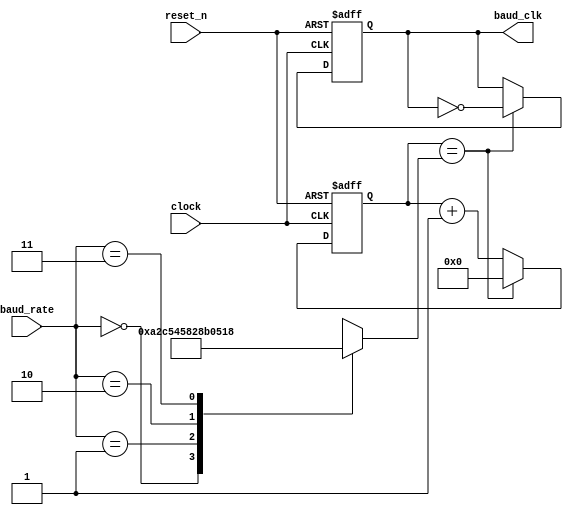
//  INFO.: Undergraduate ECE student, Alexandria university, Egypt.
//  AUTHOR'S EMAIL: majiidd17@icloud.com
//  TYPE: module.
//  KEYWORDS: Baud Rate, Clock Generator.
//  PURPOSE: An RTL modelling for a 50MHz-clock gating which generates
//  slower clock rates that meets the specified Baud Rates.

module BaudGenT(
    input wire         reset_n,           //  Active low reset.
    input wire         clock,             //  The System's main clock.
    input wire  [1:0]  baud_rate,         //  Baud Rate agreed upon by the Tx and Rx units.

    output reg         baud_clk           //  Clocking output for the other modules.
);

//  Internal declarations
reg [13 : 0] clock_ticks;
reg [13 : 0] final_value;

//  Encoding for the Baud Rates states
localparam BAUD24  = 2'b00,
           BAUD48  = 2'b01,
           BAUD96  = 2'b10,
           BAUD192 = 2'b11;

//  BaudRate 4-1 Mux
always @(baud_rate)
begin
    case (baud_rate)
        //  All these ratio ticks are calculated for 50MHz Clock,
        //  The values shall change with the change of the clock frequency.
        BAUD24 : final_value = 14'd10417;  //  ratio ticks for the 2400 BaudRate.
        BAUD48 : final_value = 14'd5208;   //  ratio ticks for the 4800 BaudRate.
        BAUD96 : final_value = 14'd2604;   //  ratio ticks for the 9600 BaudRate.
        BAUD192 : final_value = 14'd1302;  //  ratio ticks for the 19200 BaudRate.
        default: final_value = 14'd0;      //  The systems original Clock.
    endcase
end

//  Timer logic
always @(negedge reset_n, posedge clock)
begin
    if(~reset_n)
    begin
        clock_ticks <= 14'd0; 
        baud_clk    <= 14'd0; 
    end
    else
    begin
        //  Ticks whenever reaches its final value,
        //  Then resets and starts all over again.
        if (clock_ticks == final_value)
        begin
            clock_ticks <= 14'd0; 
            baud_clk    <= ~baud_clk; 
        end 
        else
        begin
            clock_ticks <= clock_ticks + 1'd1;
            baud_clk    <= baud_clk;
        end
    end 
end

endmodule